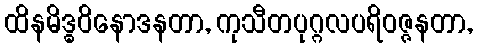
ထိနမိဒ္ဓဝိနောဒနတာ, ကုသီတပုဂ္ဂလပရိဝဇ္ဇနတာ,